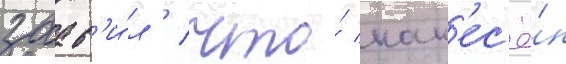
заав'и́л / что́ нан'ес'ё́н